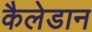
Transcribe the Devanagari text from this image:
कैलेडान